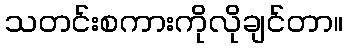
သတင်းစကားကိုလိုချင်တာ။